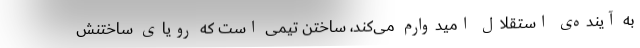
به آینده‌ی استقلال امیدوارم می‌کند، ساختن تیمی است که رویای ساختنش